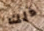
ذلك